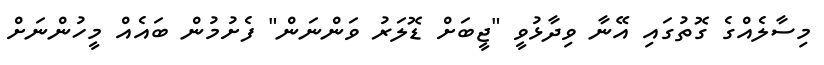
މިސާލެއްގެ ގޮތުގައި އޭނާ ވިދާޅުވީ "ޖީބަށް ޑޮލަރު ވަންނަން" ފެށުމުން ބައެއް މީހުންނަށް